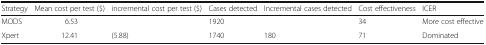
<table><thead><tr><td><b>Strategy</b></td><td><b>Mean cost per test ($)</b></td><td><b>incremental cost per test ($)</b></td><td><b>Cases detected</b></td><td><b>Incremental cases detected</b></td><td><b>Cost effectiveness</b></td><td><b>ICER</b></td></tr></thead><tbody><tr><td>MODS</td><td>6.53</td><td></td><td>1920</td><td></td><td>34</td><td>More cost effective</td></tr><tr><td>Xpert</td><td>12.41</td><td>(5.88)</td><td>1740</td><td>180</td><td>71</td><td>Dominated</td></tr></tbody></table>